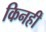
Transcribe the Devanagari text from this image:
किनहीं